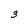
Character: 3